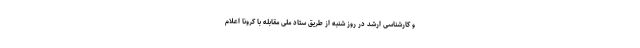
و کارشناسی ارشد در روز شنبه از طریق ستاد ملی مقابله با کرونا اعلام